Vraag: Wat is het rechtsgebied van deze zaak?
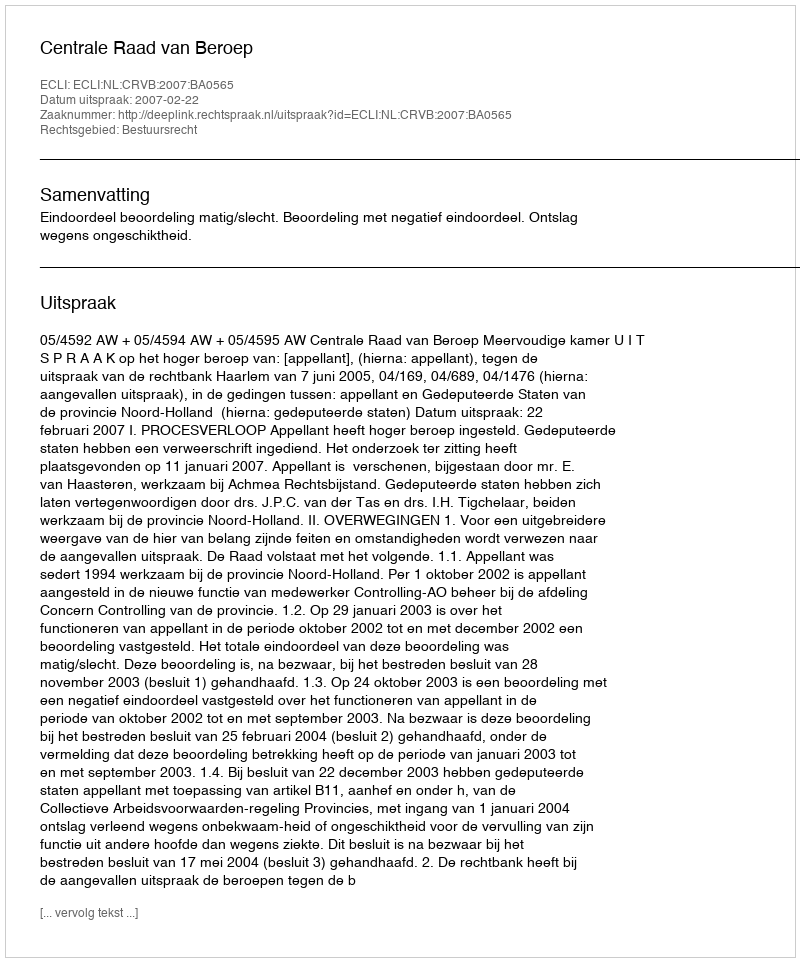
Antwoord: Bestuursrecht